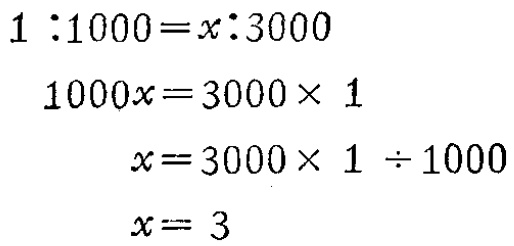
\[
\begin{align*}
1:1000&=x:3000\\
1000x&=3000\times1\\
x&=3000\times1\div1000\\
x&=3
\end{align*}
\]